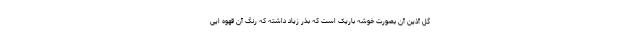
گل آذین آن بصورت خوشه باریک است که بذر زیاد داشته که رنگ آن قهوه ایی